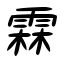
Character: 霖